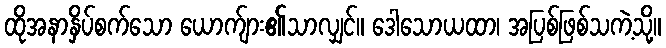
ထိုအနာနှိပ်စက်သော ယောက်ျား၏သာလျှင်။ ဒေါသောယထာ၊ အပြစ်ဖြစ်သကဲ့သို့။